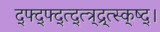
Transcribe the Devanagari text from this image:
द्फ्द्फ्द्त्द्त्त्र्द्र्त्स्क्ष्द्।